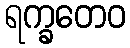
ရက္ခတေဝ